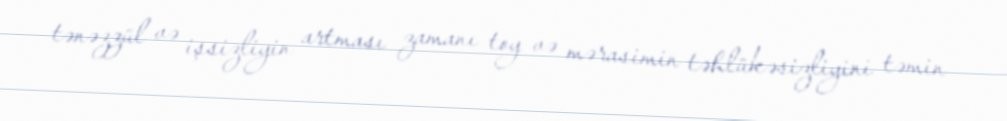
tənəzzül və işsizliyin artması zamanı toy və mərasimin təhlükəsizliyini təmin